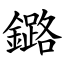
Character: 鏴